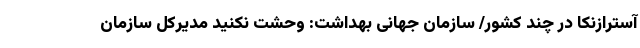
آسترازنکا در چند کشور/ سازمان جهانی بهداشت: وحشت نکنید مدیرکل سازمان